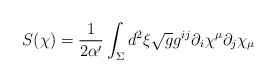
\begin{align*}S(\chi)=\frac{1}{2\alpha^{\prime}}\int_{\Sigma}d^{2}\xi\sqrt{g}g^{ij}\partial_{i}\chi^{\mu}\partial_{j}\chi_{\mu}\end{align*}